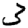
Digit: 3